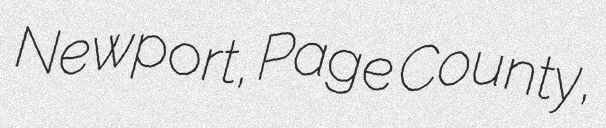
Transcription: Newport, Page County,